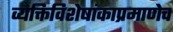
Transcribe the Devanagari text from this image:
व्यक्तिविशेषांकाप्रमाणेच